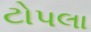
ટોપલા